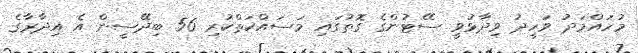
މުހައްމަދު ވަހީދު ވިދާޅުވީ ސޭޓުންގެ ގޮތުގައި މަަސައްކަތްކުރި 56 ބިދޭސީން އެ އިދާރާގެ